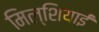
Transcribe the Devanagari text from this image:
मिल्शियाई